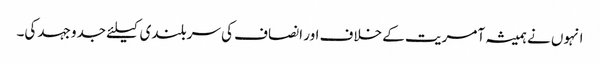
انہوں نے ہمیشہ آمریت کے خلاف اور انصاف کی سربلندی کیلئے جدوجہد کی۔